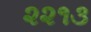
૨૨૧૩